Leprosy in India: report of the Leprosy Commission in India, 1890-91
Year: 1890
Disease focus: Leprosy
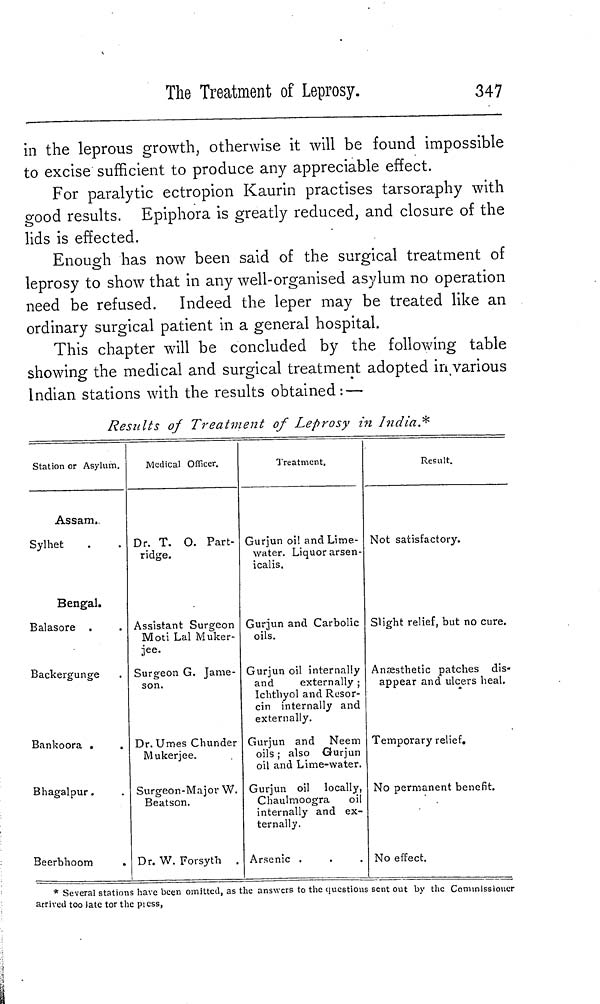
The Treatment of Leprosy.
347
in the leprous growth, otherwise it will be found impossible
to excise sufficient to produce any appreciable effect.
For paralytic ectropion Kaurin practises tarsoraphy with
good results. Epiphora is greatly reduced, and closure of the
lids is effected.
Enough has now been said of the surgical treatment of
leprosy to show that in any well-organised asylum no operation
need be refused. Indeed the leper may be treated like an
ordinary surgical patient in a general hospital.
This chapter will be concluded by the following table
showing the medical and surgical treatment adopted in various
Indian stations with the results obtained:—
Results of Treatment of Leprosy in India*
Station or Asylum.
Assam,
Sylhet
Bengal.
Balasore .
Backergunge
Bankoora .
Bhagalpur.
Beerbhoom
.
Medical Officer.
Dr. T. 0. Part-
ridge.
Assistant Surgeon
Moti Lal Muker-
jee.
Surgeon G. Jame-
son.
Dr. Umes Chunder
Mukerjee.
Surgeon-Major W.
Beatson.
Dr. W. Forsyth .
Treatment.
Gurjun oil and Lime-
water. Liquor arsen-
icalis.
Gurjun and Carbolic
oils.
Gurjun oil internally
and
externally ;
Ichthyol and Resor-
cin internally and
externally.
Gurjun and Neem
oils ; also Gurjun
oil and Lime-water.
Gurjun oil locally,
Chaulmoogra oil
internally and ex-
ternally.
Arsenic .
Result.
Not satisfactory.
Slight relief, but no cure.
Anæsthetic patches dis-
appear and ulcers heal.
Temporary relief.
No permanent benefit.
No effect.
* Several stations have been omitted, as the answers to the questions sent out by the Commissioner
arrived too late tor the press,